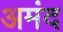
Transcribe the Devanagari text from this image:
अमंद